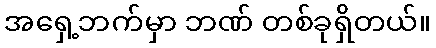
အရှေ့ဘက်မှာ ဘဏ် တစ်ခုရှိတယ်။